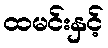
ထမင်းနှင့်